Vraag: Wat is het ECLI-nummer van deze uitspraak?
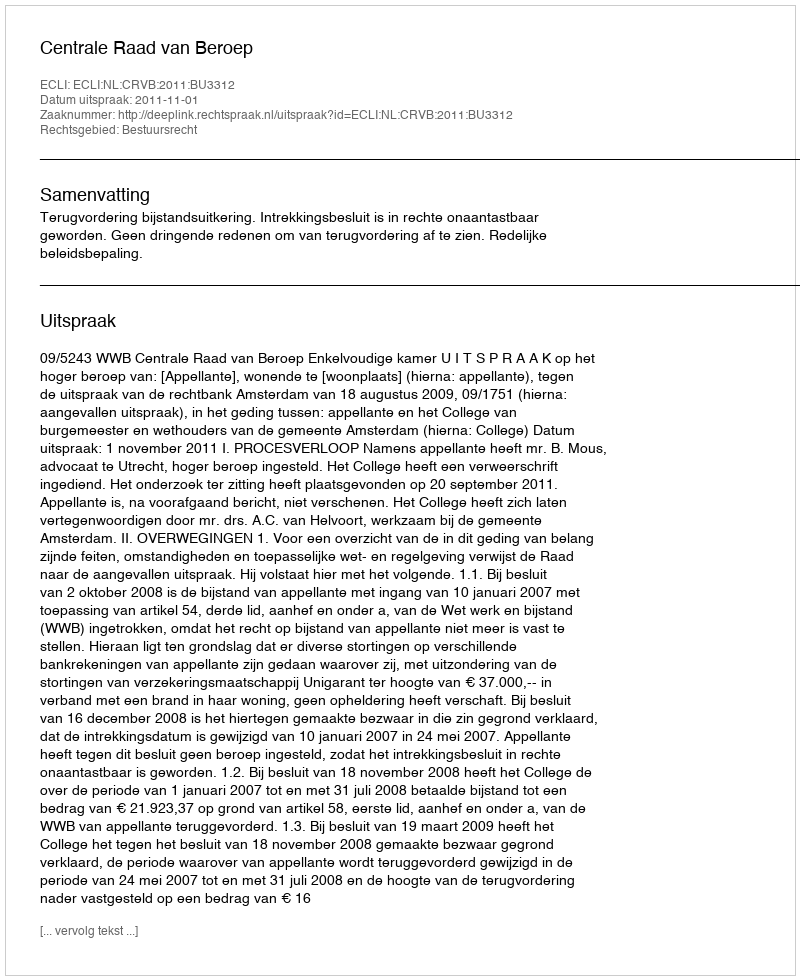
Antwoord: ECLI:NL:CRVB:2011:BU3312